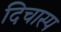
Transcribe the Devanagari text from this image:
दिचास्प